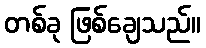
တစ်ခု ဖြစ်ချေသည်။